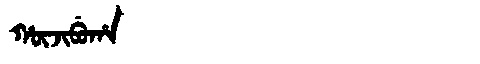
Manchu: ᡥᡡᠵᡳᠪᡠᡥᠠ
Romanization: HŪJIBUHA